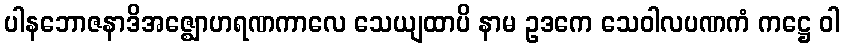
ပါနဘောဇနာဒိအဇ္ဈောဟရဏကာလေ သေယျထာပိ နာမ ဥဒကေ သေဝါလပဏကံ ကဋ္ဌေ ဝါ